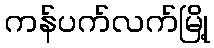
ကန်ပက်လက်မြို့